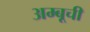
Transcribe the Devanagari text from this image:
अम्बूची